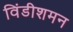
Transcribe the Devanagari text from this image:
विंडीशमन